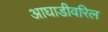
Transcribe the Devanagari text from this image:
आघाडीवरिल